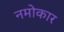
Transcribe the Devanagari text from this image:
नमोकार